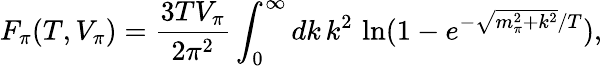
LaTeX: F_{\pi}(T,V_{\pi})=\frac{3TV_{\pi}}{2\pi^{2}}\int_{0}^{\infty}dk\, k^{2}\, \ln(1-e^{-\sqrt{m_{\pi}^{2}+k^{2}}/T}),